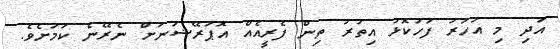
އަދި މި އަހަރު ފަހުކޮޅު އިތުރު ތިން ފެރީއެއް އޮޕަރޭޝަނަށް ނެރޭނެ ކަމަށެވެ.